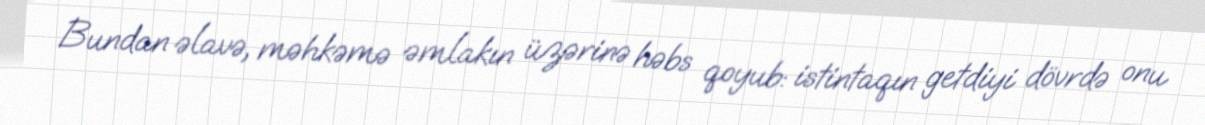
Bundan əlavə, məhkəmə əmlakın üzərinə həbs qoyub: istintaqın getdiyi dövrdə onu